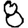
Digit: 8